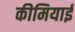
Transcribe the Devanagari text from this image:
कीमियाई